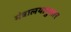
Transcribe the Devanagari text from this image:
मंत्रालयानुसार